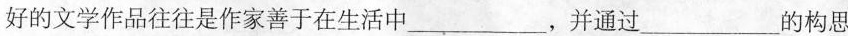
好的文学作品往往是作家善于在生活中___，并通过___的构思